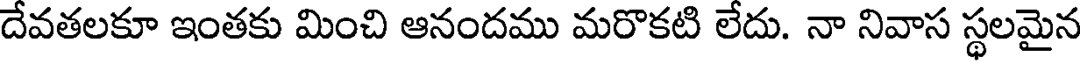
దేవతలకూ ఇంతకు మించి ఆనందము మరొకటి లేదు. నా నివాస స్థలమైన